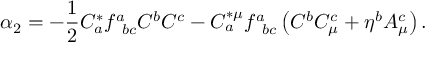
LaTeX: \alpha _ { 2 } = - \frac { 1 } { 2 } C _ { a } ^ { * } f _ { \; \; b c } ^ { a } C ^ { b } C ^ { c } - C _ { a } ^ { * \mu } f _ { \; \; b c } ^ { a } \left( C ^ { b } C _ { \mu } ^ { c } + \eta ^ { b } A _ { \mu } ^ { c } \right) .